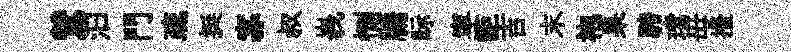
鷥汩門疏挺寡叔峩惻牖眎寜詎吉末袍杲騁璫毋擡